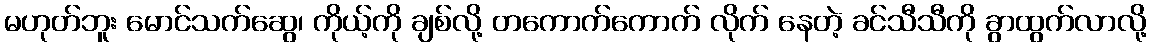
မဟုတ်ဘူး မောင်သက်ဆွေ၊ ကိုယ့်ကို ချစ်လို့ တကောက်ကောက် လိုက် နေတဲ့ ခင်သီသီကို ခွာထွက်လာလို့